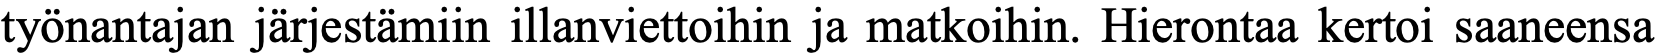
työnantajan järjestämiin illanviettoihin ja matkoihin. Hierontaa kertoi saaneensa